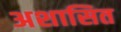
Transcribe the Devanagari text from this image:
अशासित